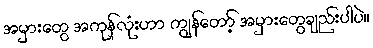
အမှားတွေ အကုန်လုံးဟာ ကျွန်တော့် အမှားတွေချည်းပါပဲ။